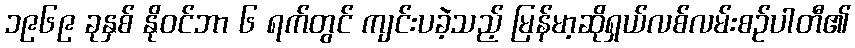
၁၉၆၉ ခုနှစ် နိုဝင်ဘာ ၆ ရက်တွင် ကျင်းပခဲ့သည့် မြန်မာ့ဆိုရှယ်လစ်လမ်းစဉ်ပါတီ၏